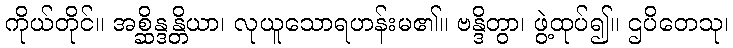
ကိုယ်တိုင်။ အစ္ဆိန္ဒန္တိယာ၊ လုယူသောရဟန်းမ၏။ ဗန္ဒိတွာ၊ ဖွဲ့ထုပ်၍။ ဌပိတေသု၊